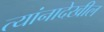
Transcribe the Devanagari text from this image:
त्यांनादेखील